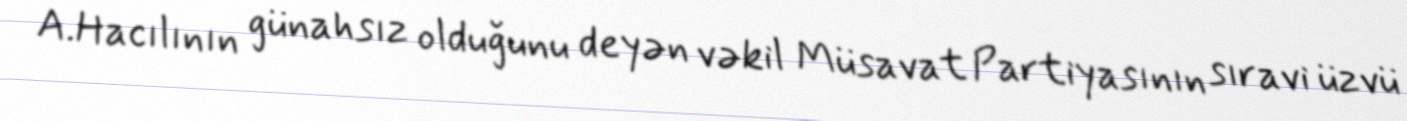
A.Hacılının günahsız olduğunu deyən vəkil Müsavat Partiyasının sıravi üzvü